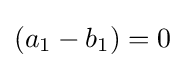
(a_{1}-b_{1})=0